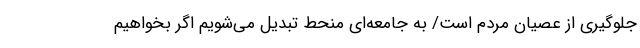
جلوگیری از عصیان مردم است/ به جامعه‌ای منحط تبدیل می‌شویم اگر بخواهیم